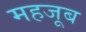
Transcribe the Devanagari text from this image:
महजूब